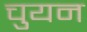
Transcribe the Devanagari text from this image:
चुयन